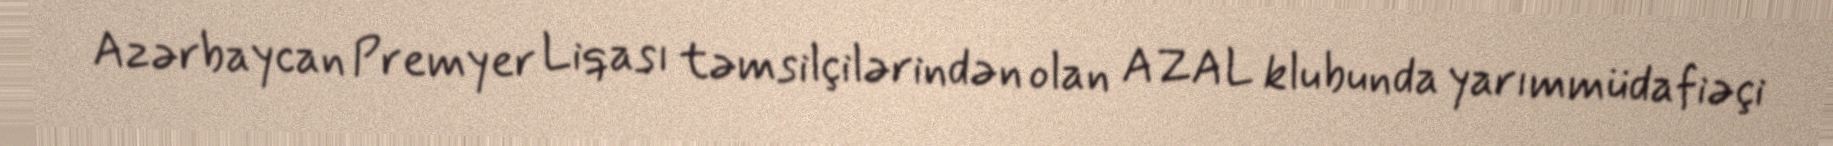
Azərbaycan Premyer Liqası təmsilçilərindən olan AZAL klubunda yarımmüdafiəçi